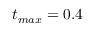
t _ { m a x } = 0 . 4